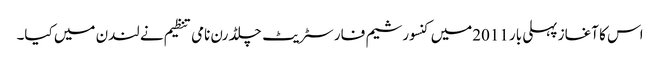
اس کا آغاز پہلی بار 2011میں کنسورشیم فار سٹریٹ چلڈرن نامی تنظیم نے لندن میں کیا۔